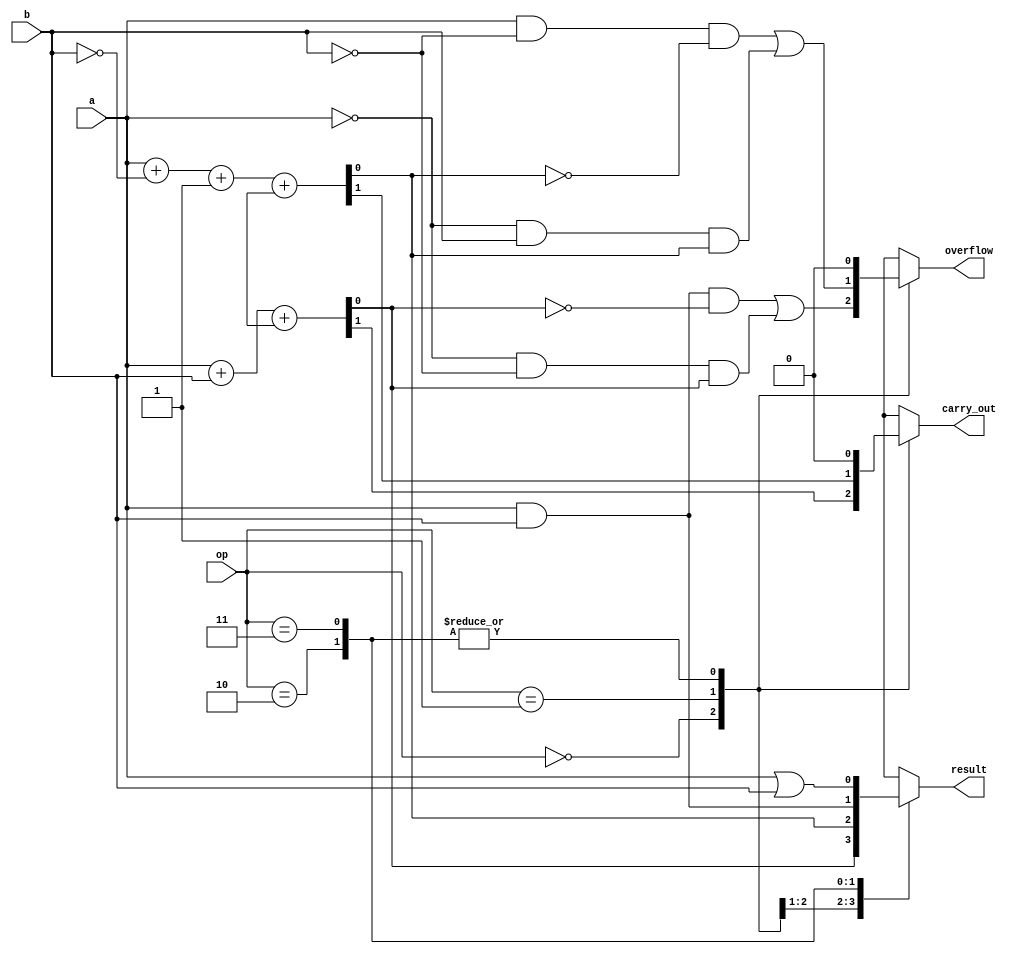
module ALU_1bit (
    input [1:0] op,
    input a,
    input b,
    output result,
    output carry_out,
    output overflow
);

// Define control signals
parameter ADD = 2'b00;
parameter SUB = 2'b01;
parameter AND = 2'b10;
parameter OR = 2'b11;
parameter XOR = 2'b100;

// Define internal signals
reg sum;
reg carry;

// Arithmetic logic
always @*
begin
    case (op)
        ADD: begin
            {carry_out, sum} = a + b + carry;
            overflow = (a & b & ~sum) | (~a & ~b & sum);
        end
        SUB: begin
            {carry_out, sum} = a + ~b + 1 + carry;
            overflow = (a & ~b & ~sum) | (~a & b & sum);
        end
        AND: begin
            sum = a & b;
            carry_out = 0;
            overflow = 0;
        end
        OR: begin
            sum = a | b;
            carry_out = 0;
            overflow = 0;
        end
        XOR: begin
            sum = a ^ b;
            carry_out = 0;
            overflow = 0;
        end
        default: begin
            sum = 1'bx;
            carry_out = 1'bx;
            overflow = 1'bx;
        end
    endcase
end

assign result = sum;

endmodule